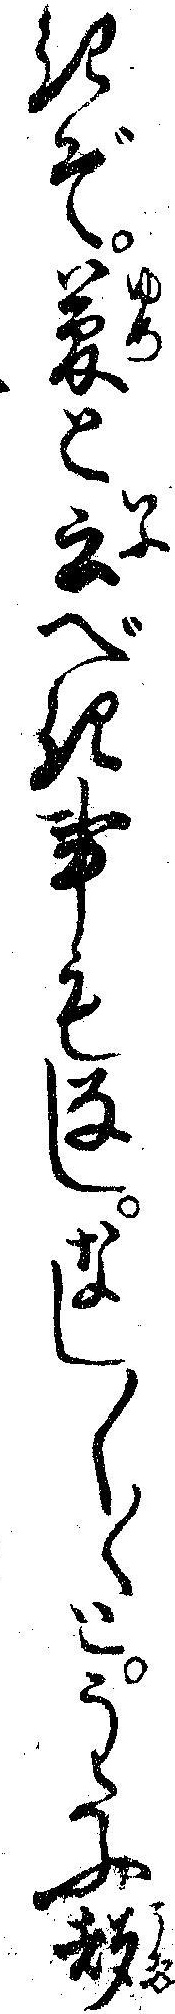
きぞ夢と云べき事もなしなし〱〱とうたふ声